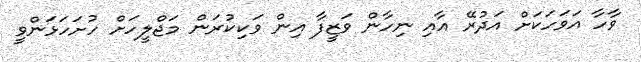
ވާހާ އަވަހަކަށް އަދުރޭ އާއި ނިހާން ވަޒީފާ އިން ވަކިކުރަން މަޖްލީހަށް ހުށަހަޅަންވީ